Annual statistical returns and brief notes on vaccination in Bengal - 1896-1909
Year: 1896
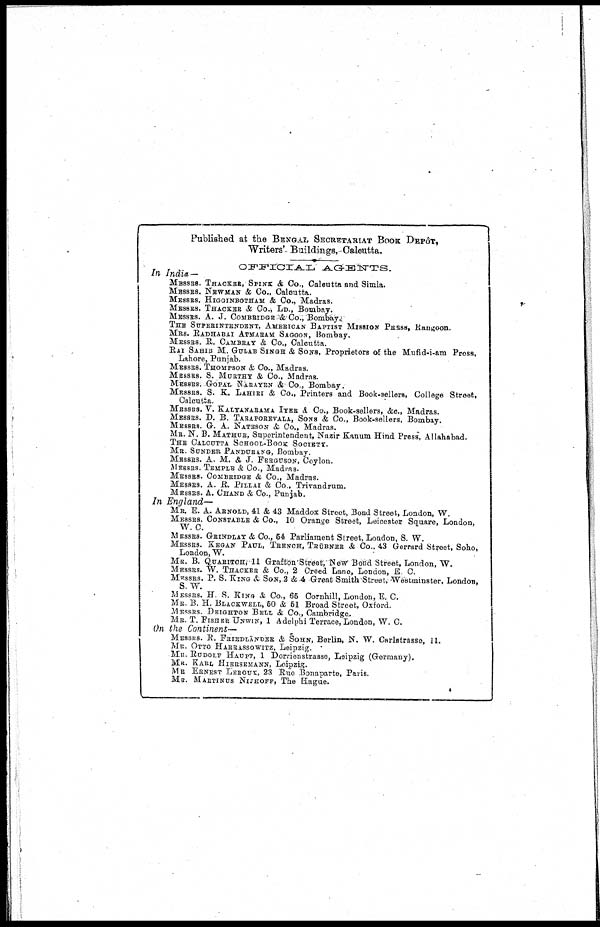
Published at the BENGAL SECRETARIAT BOOK DEPÔT,
Writers' Buildings, Calcutta.
OFFICIAL AGENTS.
In India —
M
ESSRS. THACKER, SPINK & Co., Calcutta and Simla.
MESSRS. NEWMAN & Co., Calcutta.
MESSRS. HIGGINBOTHAM & Co., Madras.
MESSRS. THACKER & Co., LD., Bombay.
MESSRS. A. J. COMBRIDGE & Co., Bombay.
THE SUPERINTENDENT, AMERICAN BAPTIST MISSION PRESS, Rangoon.
MRS. RADHABAI ATMARAM SAGOON, Bombay.
MESSRS. R. CAMBRAY & Co., Calcutta.
RAI SAHIB M. GULAB SINGH & SONS, Proprietors of the Mufid-i-am Press,
Lahore, Punjab.
MESSRS. THOMPSON & Co., Madras.
MESSRS. S. MURTHY & Co., Madras.
MESSRS. GOPAL NARAYEN & Co., Bombay.
MESSRS. S. K. LAHIRI & Co., Printers and Book-sellers, College Street,
Calcutta.
MESSRS. V. KALYANARAMA IYER & Co., Book-sellers, &c., Madras.
MESSRS. D. B. TARAPOREVALA, SONS & Co., Book-sellers, Bombay.
MESSRS. G. A. NATESON & Co., Madras.
MR. N. B. MATHUR, Superintendent, Nazir Kanum Hind Press, Allahabad.
THE CALCUTTA SCHOOL-BOOK SOCIETY.
MR. SUNDER PANDURANG, Bombay.
MESSRS. A. M. & J. FERGUSON, Ceylon.
MESSRS. TEMPLE & Co., Madras.
MESSRS. COMBRIDGE & Co., Madras.
MESSRS. A. R. PILLAI & Co., Trivandrum.
MESSRS. A. CHAND & Co., Punjab.
In England—
MR. E. A. ARNOLD, 41 & 43 Maddox Street, Bond Street, London, W.
MESSRS. CONSTABLE & Co., 10 Orange Street, Leicester Square, London,
W. C.
MESSRS. GRINDLAY & Co., 54 Parliament Street, London, S. W.
MESSRS KEGAN PAUL, TRENCH, TRÜBNER & Co., 43 Gerrard Street, Soho,
London, W.
MR. B. QUARITCH, 11 Grafton Street, New Bond Street, London, W.
MESSRS. W. THACKER & Co., 2 Creed Lane, London, E. C.
MESSRS. P. S. KING & SON, 2 &4 Great Smith Street, Westminster, London,
S. W.
MESSRS. H. S. KING & Co., 65 Cornhill, London, E. C.
MR. B. H. BLACKWELL, 50 & 51 Broad Street, Oxford.
MESSRS. DEIGHTON BELL & Co., Cambridge.
MR. T. FISHER UNWIN, 1 Adelphi Terrace, London, W. C.
On the Continent—
MESSRS.R. FRIEDLÄNDER & SOHN, Berlin, N. W. Carlstrasso, 11.
MR. OTTO HARRASSOWITZ, Leipzig.
MR. RUDOLF HAUPT, 1 Dorrienstrasse, Leipzig (Germany).
MR. KARL HIERSEMANN, Leipzig.
MR. ERNEST LEROUX, 23 Rue Bonaparte, Paris.
MR. MARTINUS NIJHOFF, The Hague.